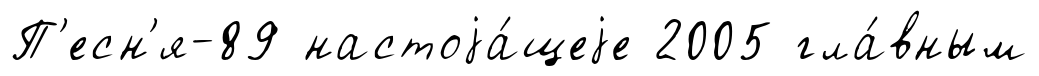
П'есн'я-89 настоjа́щеjе 2005 гла́вным